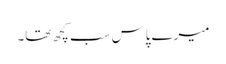
میرے پاس سب کچھ تھا۔